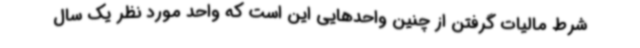
شرط مالیات گرفتن از چنین واحدهایی این است که واحد مورد نظر یک سال